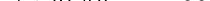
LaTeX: \smash{1/\mathbf{v}_{\mathrm{{~b~e~n~d~}}}\approx1200}